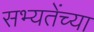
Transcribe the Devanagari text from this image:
सभ्यतेंच्या